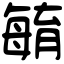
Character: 𣫺